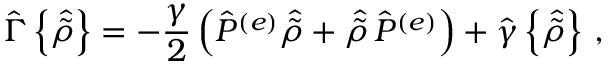
{ \hat { \Gamma } } \left\{ { \hat { \tilde { \rho } } } \right\} = - \frac { \gamma } { 2 } \left( { \hat { P } } ^ { ( e ) } { \hat { \tilde { \rho } } } + { \hat { \tilde { \rho } } } \, { \hat { P } } ^ { ( e ) } \right) + { \hat { \gamma } } \left\{ { \hat { \tilde { \rho } } } \right\} \, ,